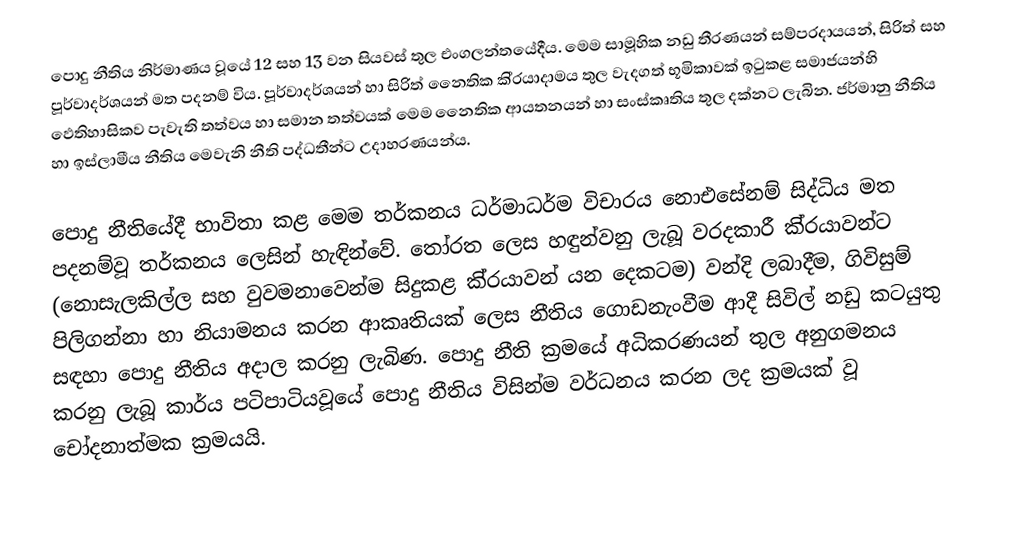
පොදු නීතිය නිර්මාණය වූයේ 12 සහ 13 වන සියවස් තුල එංගලන්තයේදීය. මෙම සාමූහික නඩු තීරණයන් සම්ප‍්‍රදායයන්, සිරිත් සහ පූර්වාදර්ශයන් මත පදනම් විය. පූර්වාදර්ශයන් හා සිරිත් නෛතික කි‍්‍රයාදාමය තුල වැදගත් භූමිකාවක් ඉටුකළ සමාජයන්හි ඵෙතිහාසිකව පැවැති තත්වය හා සමාන තත්වයක් මෙම නෛතික ආයතනයන් හා සංස්කෘතිය තුල දක්නට ලැබින. ජර්මානු නීතිය හා ඉස්ලාමීය නීතිය මෙවැනි නීති පද්ධතීන්ට උදාහරණයන්ය.

පොදු නීතියේදී භාවිතා කළ මෙම තර්කනය ධර්මාධර්ම විචාරය නොඑසේනම් සිද්ධිය මත පදනම්වූ තර්කනය ලෙසින් හැඳින්වේ. තෝරත ලෙස හඳුන්වනු ලැබූ වරදකාරී කි‍්‍රයාවන්ට (නොසැලකිල්ල සහ වුවමනාවෙන්ම සිදුකළ කි‍්‍රයාවන් යන දෙකටම) වන්දි ලබාදීම, ගිවිසුම් පිලිගන්නා හා නියාමනය කරන ආකෘතියක් ලෙස නීතිය ගොඩනැංවීම ආදී සිවිල් නඩු කටයුතු සඳහා පොදු නීතිය අදාල කරනු ලැබිණ. පොදු නීති ක‍්‍රමයේ අධිකරණයන් තුල අනුගමනය කරනු ලැබූ කාර්ය පටිපාටියවූයේ පොදු නීතිය විසින්ම වර්ධනය කරන ලද ක‍්‍රමයක් වූ චෝදනාත්මක ක‍්‍රමයයි.